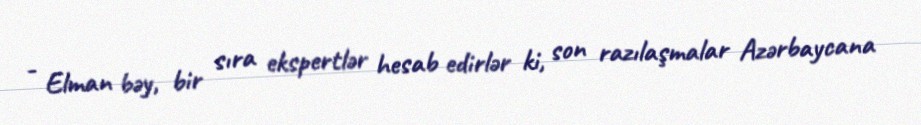
- Elman bəy, bir sıra ekspertlər hesab edirlər ki, son razılaşmalar Azərbaycana